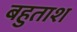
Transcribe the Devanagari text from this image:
बहुताश